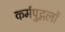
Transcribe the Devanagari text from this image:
कर्मपुद्गलों